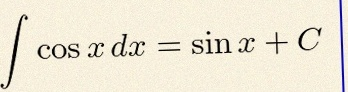
\int \cos x\,dx=\sin x+C